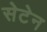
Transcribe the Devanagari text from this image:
सेटेन